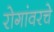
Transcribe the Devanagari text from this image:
रोगांवरचे